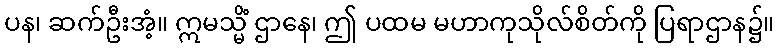
ပန၊ ဆက်ဦးအံ့။ ဣမသ္မိံ ဌာနေ၊ ဤ ပထမ မဟာကုသိုလ်စိတ်ကို ပြရာဌာန၌။